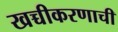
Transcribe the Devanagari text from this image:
खच्चीकरणाची